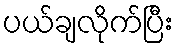
ပယ်ချလိုက်ပြီး